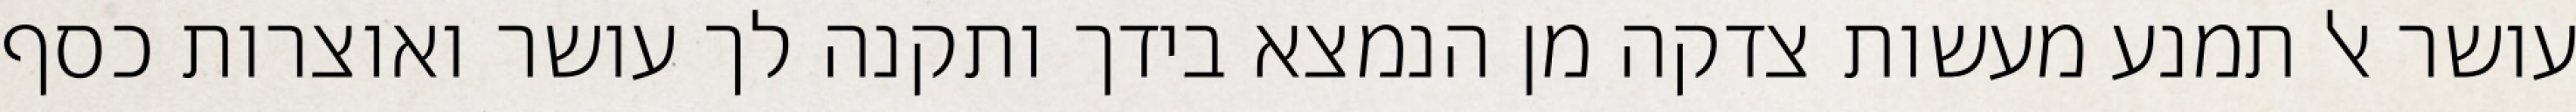
עושר אל תמנע מעשות צדקה מן הנמצא בידך ותקנה לך עושר ואוצרות כסף